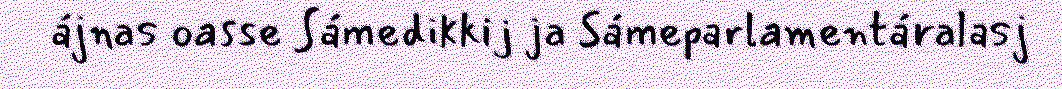
ájnas oasse Sámedikkij ja Sámeparlamentáralasj